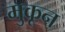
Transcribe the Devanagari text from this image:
मुकून